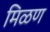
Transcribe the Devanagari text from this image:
मिळण